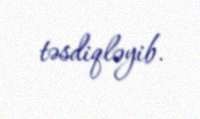
təsdiqləyib.